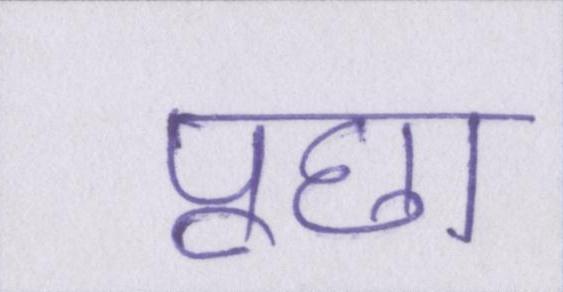
पूछा